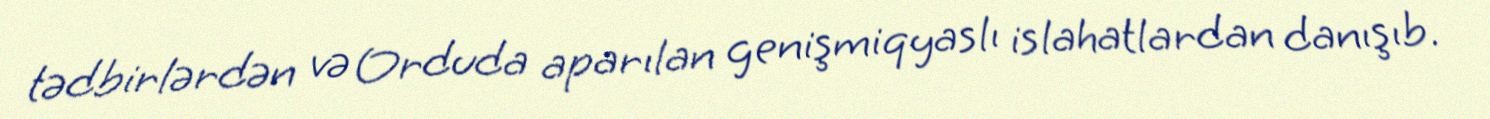
tədbirlərdən və Orduda aparılan genişmiqyaslı islahatlardan danışıb.